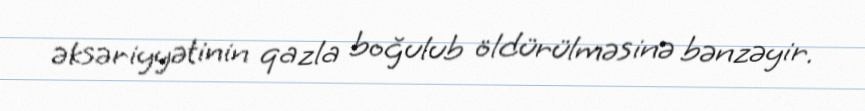
əksəriyyətinin qazla boğulub öldürülməsinə bənzəyir.